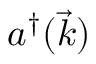
a ^ { \dagger } ( { \vec { k } } )